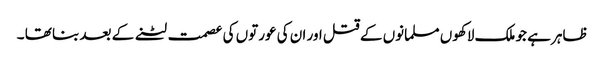
ظاہر ہے جو ملک لاکھوں مسلمانوں کے قتل اور ان کی عورتوں کی عصمت لٹنے کے بعد بنا تھا ۔